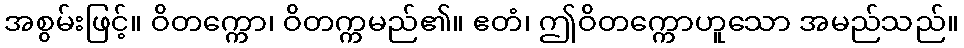
အစွမ်းဖြင့်။ ဝိတက္ကော၊ ဝိတက္ကမည်၏။ ဧတံ၊ ဤဝိတက္ကောဟူသော အမည်သည်။